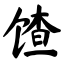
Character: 馇